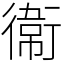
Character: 𫟘